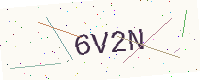
Text: 6V2N